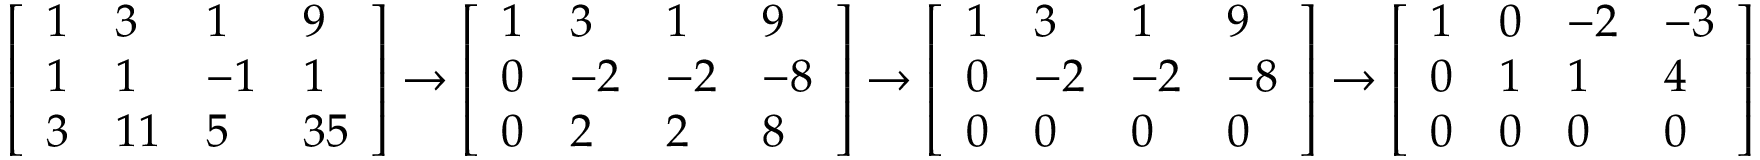
{ \left[ \begin{array} { l l l l } { 1 } & { 3 } & { 1 } & { 9 } \\ { 1 } & { 1 } & { - 1 } & { 1 } \\ { 3 } & { 1 1 } & { 5 } & { 3 5 } \end{array} \right] } \to { \left[ \begin{array} { l l l l } { 1 } & { 3 } & { 1 } & { 9 } \\ { 0 } & { - 2 } & { - 2 } & { - 8 } \\ { 0 } & { 2 } & { 2 } & { 8 } \end{array} \right] } \to { \left[ \begin{array} { l l l l } { 1 } & { 3 } & { 1 } & { 9 } \\ { 0 } & { - 2 } & { - 2 } & { - 8 } \\ { 0 } & { 0 } & { 0 } & { 0 } \end{array} \right] } \to { \left[ \begin{array} { l l l l } { 1 } & { 0 } & { - 2 } & { - 3 } \\ { 0 } & { 1 } & { 1 } & { 4 } \\ { 0 } & { 0 } & { 0 } & { 0 } \end{array} \right] }